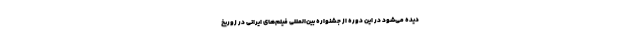
دیده می‌شود در این دوره از جشنواره بین‌المللی فیلم‌های ایرانی در زوریخ